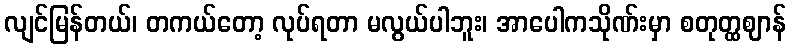
လျင်မြန်တယ်၊ တကယ်တော့ လုပ်ရတာ မလွယ်ပါဘူး၊ အာပေါကသိုဏ်းမှာ စတုတ္ထဈာန်